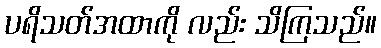
ပရိသတ်အထာကို လည်း သိကြသည်။